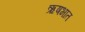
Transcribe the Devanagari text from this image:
ऋषभात